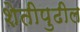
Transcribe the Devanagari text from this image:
शेतीपुढील